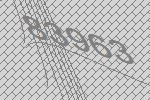
83963